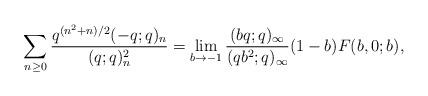
LaTeX: \begin{align*}\sum_{n \geq 0} \frac{q^{(n^2+n)/{2}}(-q;q)_n}{(q;q)^2_n} = \lim_{b\rightarrow-1}\frac{(bq;q)_\infty}{(qb^2;q)_\infty} (1-b)F(b,0;b),\end{align*}